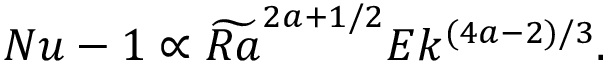
\begin{array} { r } { N u - 1 \propto \widetilde { R a } ^ { 2 a + 1 / 2 } E k ^ { ( 4 a - 2 ) / 3 } . } \end{array}